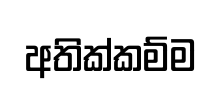
අතික්කම්ම